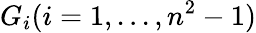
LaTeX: G_{i}(i=1,...,n^{2}-1)